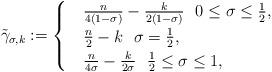
LaTeX: \begin{align*} \tilde{\gamma}_{\sigma, k}:=\begin{cases}& \frac{n}{4(1-\sigma)} -\frac{k}{2(1- \sigma)} \ \ 0 \le \sigma \le \frac{1}{2}, \\& \frac{n}{2} -k \ \ \sigma = \frac{1}{2}, \\& \frac{n}{4\sigma} -\frac{k}{2\sigma} \ \ \frac{1}{2} \le \sigma \le 1, \end{cases}\end{align*}